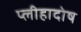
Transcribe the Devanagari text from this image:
प्लीहादोष